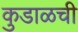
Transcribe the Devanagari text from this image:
कुडाळची